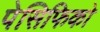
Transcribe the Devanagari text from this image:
पेसिफिको